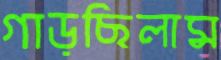
গাড়ছিলাম